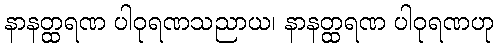
နာနတ္ထရဏ ပါဝုရဏသညာယ၊ နာနတ္ထရဏ ပါဝုရဏဟု